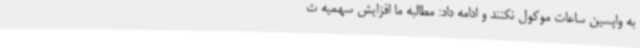
به واپسین ساعات موکول نکنند و ادامه داد: مطالبه ما افزایش سهمیه ث